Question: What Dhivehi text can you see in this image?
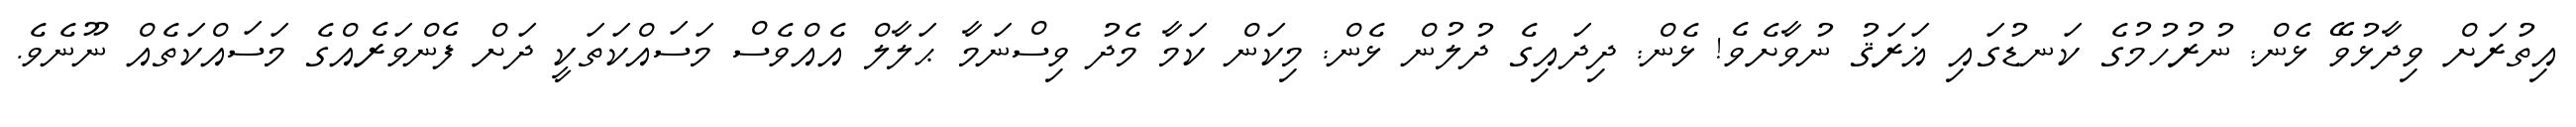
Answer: އިތުރަށް ވިދާޅުވޭ ޅެން: ނުރުހުމުގެ ކަނޑުގައި ޣަރަޤު ނުވާށެވެ! ޅެން: ދިދައިގެ ދުލުން ޅެން: މިކަން ކަމާ މެދު ވިސްނަމާ ޙަލާލް އެއްވެސް މަސައްކަތަކީ ދަށް ފެންވަރެއްގެ މަސައްކަތެއް ނޫނެވެ.